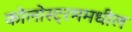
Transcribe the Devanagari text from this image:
कोलोस्ट्रममधील